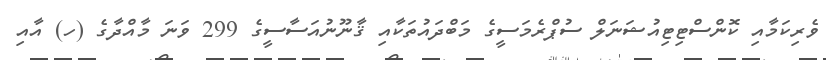
ވެރިކަމާއި ކޮންސްޓިޓިއުޝަނަލް ސުޕްރެމަސީގެ މަބްދައުތަކާއި ޤާނޫނުއަސާސީގެ 299 ވަނަ މާއްދާގެ (ހ) އާއި